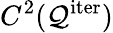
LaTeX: C^{2}(\mathcal{Q}^{\mathrm{iter}})